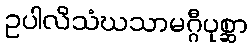
ဥပါလိသံဃသာမဂ္ဂီပုစ္ဆာ